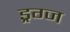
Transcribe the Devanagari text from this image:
ड्रग्ज